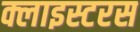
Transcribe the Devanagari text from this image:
क्लाइस्टरस